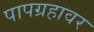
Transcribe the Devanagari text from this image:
पापग्रहावर